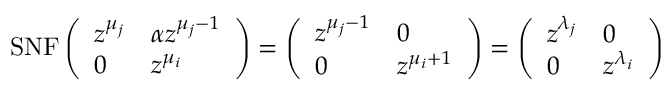
\mathrm { S N F } \left( \begin{array} { l l } { z ^ { \mu _ { j } } } & { \alpha z ^ { \mu _ { j } - 1 } } \\ { 0 } & { z ^ { \mu _ { i } } } \end{array} \right) = \left( \begin{array} { l l } { z ^ { \mu _ { j } - 1 } } & { 0 } \\ { 0 } & { z ^ { \mu _ { i } + 1 } } \end{array} \right) = \left( \begin{array} { l l } { z ^ { \lambda _ { j } } } & { 0 } \\ { 0 } & { z ^ { \lambda _ { i } } } \end{array} \right) \,